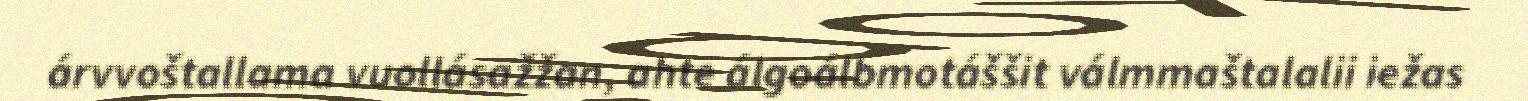
árvvoštallama vuollásažžan, ahte álgoálbmotáššit válmmaštalalii iežas